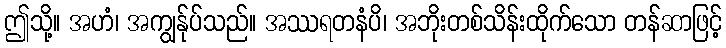
ဤသို့။ အဟံ၊ အကျွန်ုပ်သည်။ အဿရတနံပိ၊ အဘိုးတစ်သိန်းထိုက်သော တန်ဆာဖြင့်